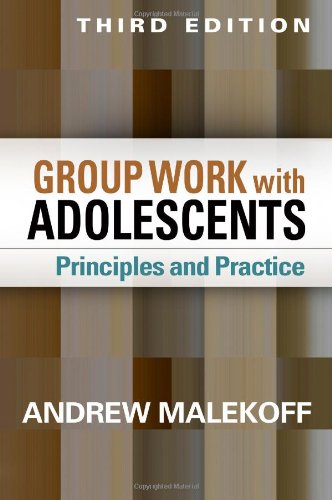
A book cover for Group Work with Adolescents, Third Edition: Principles and Practice (Social Work Practice with Children and Families); Andrew Malekoff MSW; Medical Books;